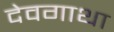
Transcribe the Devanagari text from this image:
देवगाथा